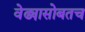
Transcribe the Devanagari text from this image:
वेढ्यासोबतच